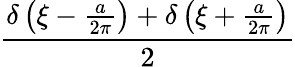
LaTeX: \frac{\delta\left(\xi-{\frac{a}{2\pi}}\right)+\delta\left(\xi+{\frac{a}{2\pi}}\right)}{2}